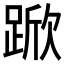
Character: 𮛧